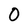
Character: 0